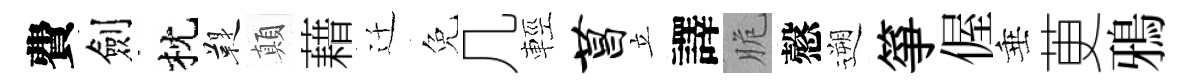
費劍枕鞮顛藉迁免几輕菖立譯脆慤遡箏偓垂茰鴉